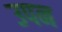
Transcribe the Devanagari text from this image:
उपन